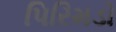
પિરિમડો